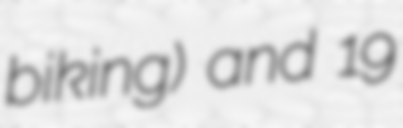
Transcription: biking) and 19